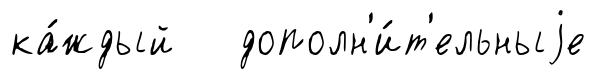
ка́ждый дополн'и́т'ельныjе